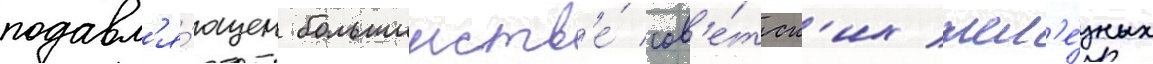
подавл'я́ющем большинств'е́ сов'е́тск'их жел'е́зных